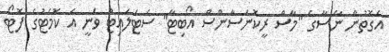
އެގޮތުން ނާސާގެ "މާސް ރީކޮނަސާންސް އޯބިޓާ" ސެޓަލައިޓު ވަނީ އެ ކޮމެޓުގެ ފޮޓޯ